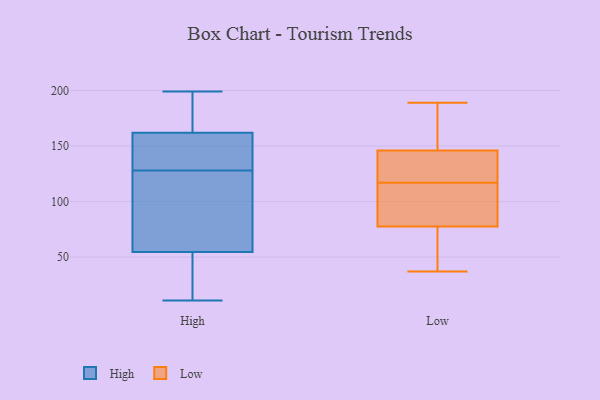
{"axis": {"x": "Website Visitors", "y": "Value"}, "legend": ["High", "Low"], "data": [{"x": "", "y": 17, "type": "High"}, {"x": "", "y": 17, "type": "High"}, {"x": "", "y": 82, "type": "High"}, {"x": "", "y": 178, "type": "High"}, {"x": "", "y": 156, "type": "High"}, {"x": "", "y": 147, "type": "High"}, {"x": "", "y": 83, "type": "High"}, {"x": "", "y": 175, "type": "High"}, {"x": "", "y": 11, "type": "High"}, {"x": "", "y": 175, "type": "High"}, {"x": "", "y": 199, "type": "High"}, {"x": "", "y": 29, "type": "High"}, {"x": "", "y": 62, "type": "High"}, {"x": "", "y": 99, "type": "High"}, {"x": "", "y": 52, "type": "High"}, {"x": "", "y": 128, "type": "High"}, {"x": "", "y": 163, "type": "High"}, {"x": "", "y": 132, "type": "High"}, {"x": "", "y": 159, "type": "High"}, {"x": "", "y": 177, "type": "Low"}, {"x": "", "y": 71, "type": "Low"}, {"x": "", "y": 165, "type": "Low"}, {"x": "", "y": 116, "type": "Low"}, {"x": "", "y": 125, "type": "Low"}, {"x": "", "y": 105, "type": "Low"}, {"x": "", "y": 121, "type": "Low"}, {"x": "", "y": 37, "type": "Low"}, {"x": "", "y": 165, "type": "Low"}, {"x": "", "y": 84, "type": "Low"}, {"x": "", "y": 43, "type": "Low"}, {"x": "", "y": 118, "type": "Low"}, {"x": "", "y": 189, "type": "Low"}, {"x": "", "y": 108, "type": "Low"}, {"x": "", "y": 70, "type": "Low"}, {"x": "", "y": 127, "type": "Low"}]}